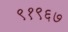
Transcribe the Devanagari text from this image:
९१९६७